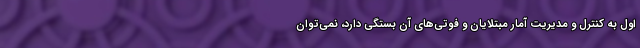
اول به کنترل و مدیریت آمار مبتلایان و فوتی‌های آن بستگی دارد، نمی‌توان